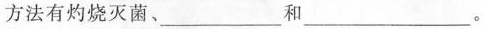
方法有灼烧灭菌、___和___。